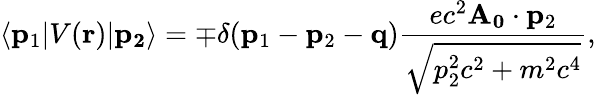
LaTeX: \langle\mathbf{p}_{1}\vert V(\mathbf{r})\vert\mathbf{p_{2}}\rangle=\mp\delta(\mathbf{p}_{1}-\mathbf{p}_{2}-\mathbf{q})\frac{ec^{2}\mathbf{A_{0}}\cdot\mathbf{p}_{2}}{\sqrt{p_{2}^{2}c^{2}+m^{2}c^{4}}},